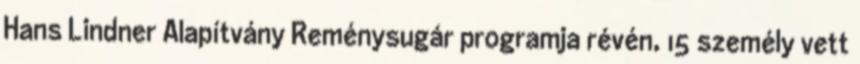
Hans Lindner Alapítvány Reménysugár programja révén, 15 személy vett